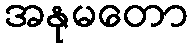
အနုမတော